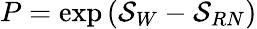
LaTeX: P=\exp\left({\cal S}_{W}-{\cal S}_{RN}\right)